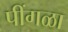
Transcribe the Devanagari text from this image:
पींगळा